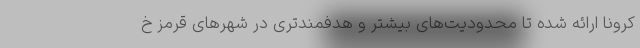
کرونا ارائه شده تا محدودیت‌های بیشتر و هدفمندتری در شهرهای قرمز خ